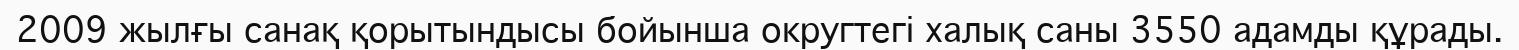
2009 жылғы санақ қорытындысы бойынша округтегі халық саны 3550 адамды құрады.